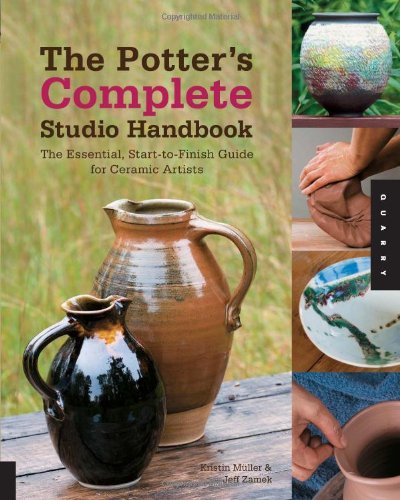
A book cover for The Potter's Complete Studio Handbook: The Essential, Start-to-Finish Guide for Ceramic Artists (Studio Handbook Series); Jeff Zamek; Crafts, Hobbies & Home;